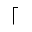
\lceil